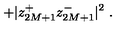
+ | z _ { 2 M + 1 } ^ { + } z _ { 2 M + 1 } ^ { - } | ^ { 2 } \ .